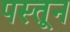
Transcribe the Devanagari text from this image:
पस्तून